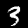
Digit: 3